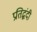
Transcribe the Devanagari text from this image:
प्रतिद्घंदी